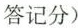
答记分)